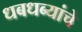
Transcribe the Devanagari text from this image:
धबधब्यांचे